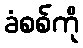
ခံစစ်ကို